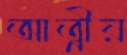
আত্নীয়